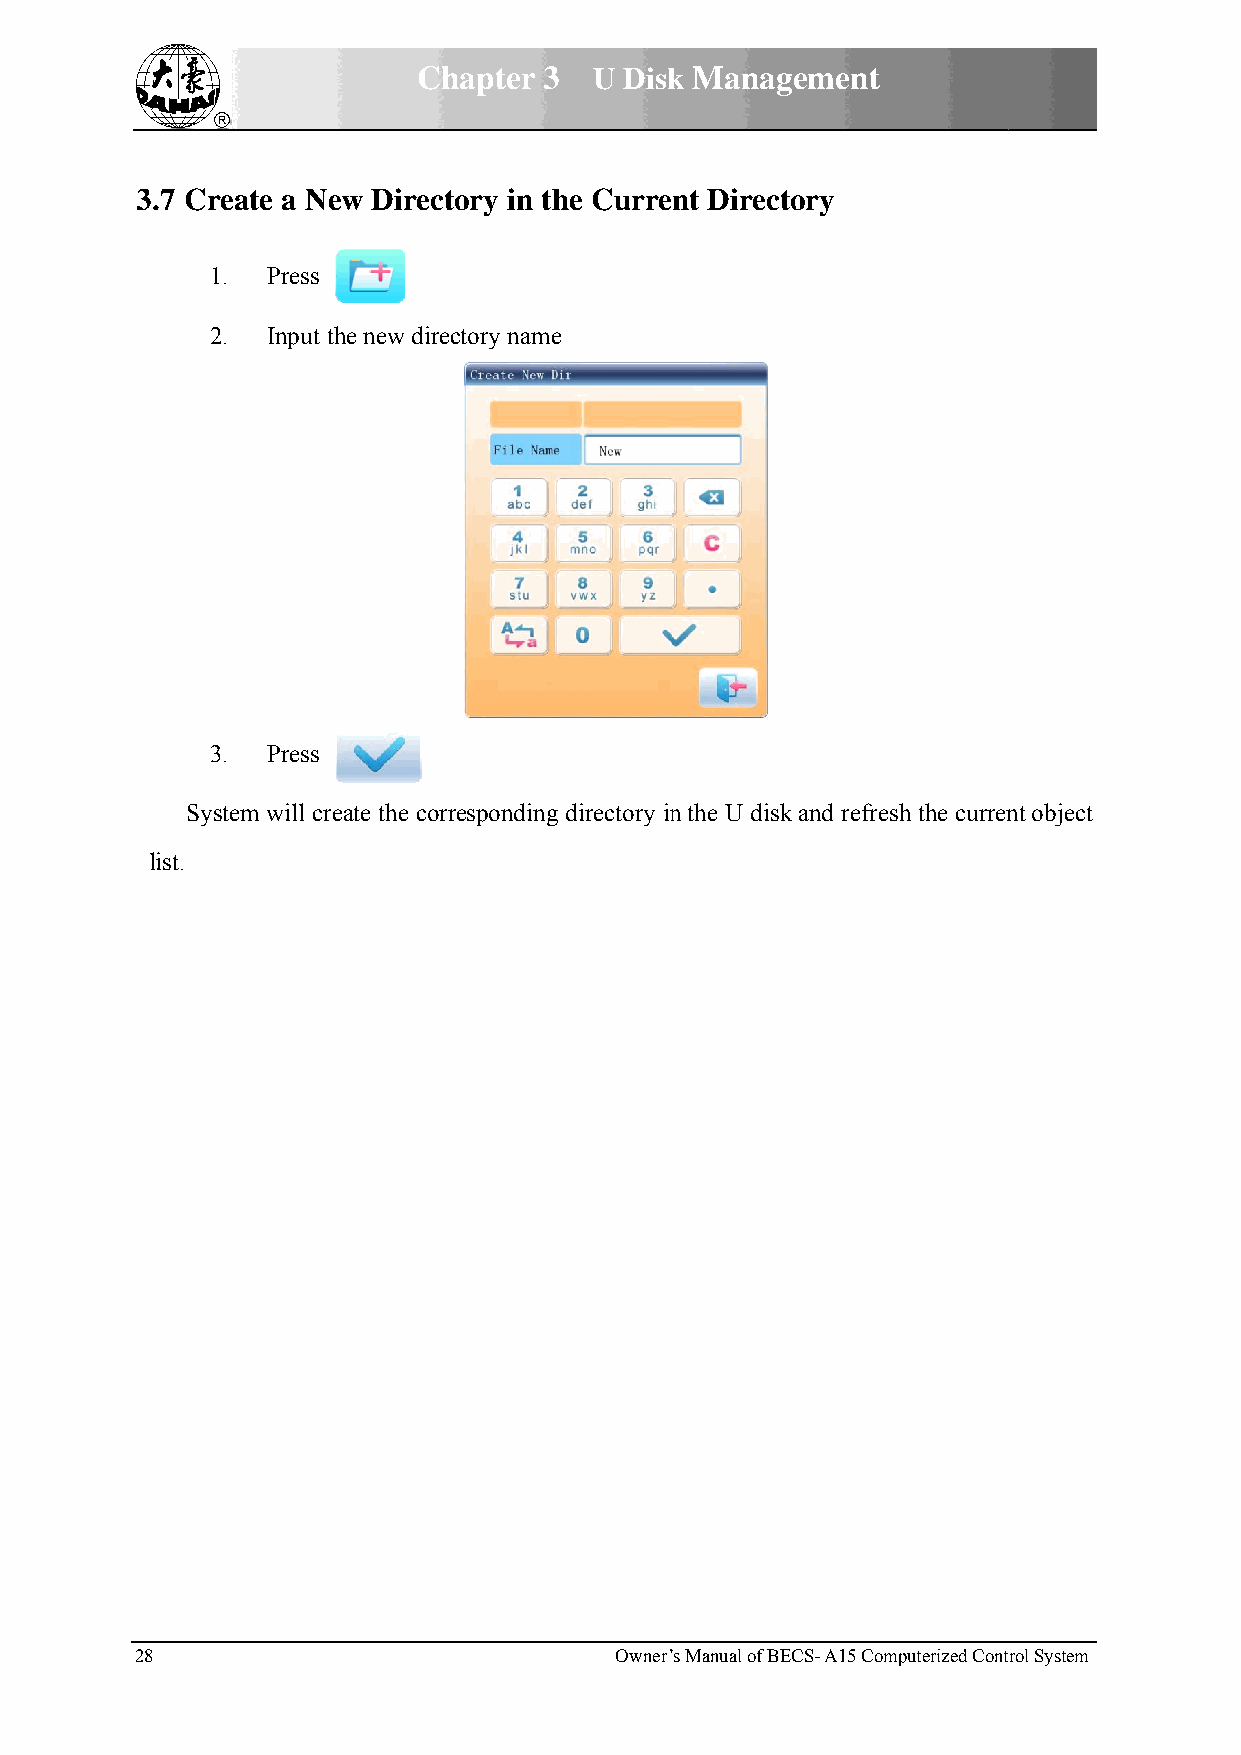
Chhapter 3 U Diskk Managgement
 3.7 Creeate a Neew Directtory in thhe Current Directtory
 1.. Press
 2.. Input thhe new direectory namee
 3.. Press
 Systtem will creeate the corrresponding directory inn the U diskk and refressh the currennt object
 list.
 28                              Owner’s Manual of BEECS- A15 Commputerized Contrrol System